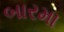
બારમા